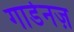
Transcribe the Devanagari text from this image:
गार्डनज़